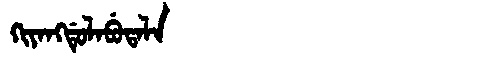
Manchu: ᡴᡳᠶᠠᠩᡩᡠᠯᠠᠪᡠᡨᠠᠯᠠ
Romanization: KIYANGDULABUTALA